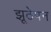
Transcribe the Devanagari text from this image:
झूठेपन